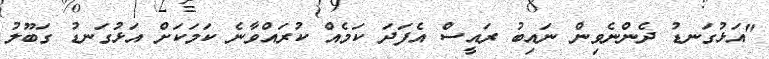
"އަޅުގަނޑު ދެންނެވިން ނައިބު ރައީސް އެފަދަ ކަމެއް ކުރައްވާނެ ކަމަކަށް އަޅުގަނޑު ގަބޫލު